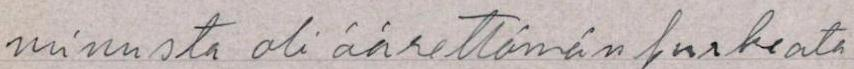
minusta oli äärettömän surkeata